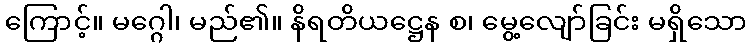
ကြောင့်။ မဂ္ဂေါ၊ မည်၏။ နိရတိယဋ္ဌေန စ၊ မွေ့လျော်ခြင်း မရှိသော